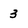
Character: 3